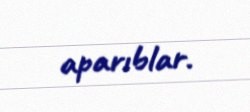
aparıblar.